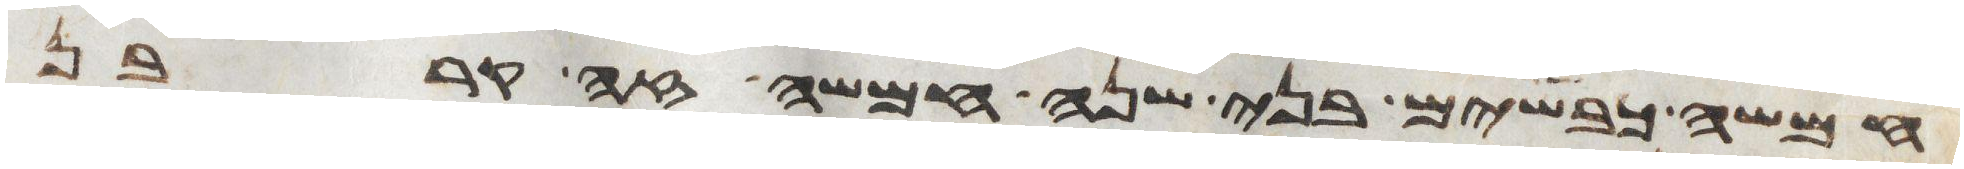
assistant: חמשה כבשים בני שנה חמשה זה קרבן